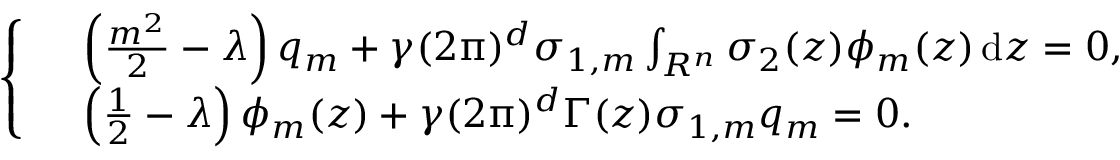
\left\{ \begin{array} { r l } & { \left( \frac { m ^ { 2 } } { 2 } - \lambda \right) q _ { m } + \gamma ( 2 \uppi ) ^ { d } \sigma _ { 1 , m } \int _ { R ^ { n } } \sigma _ { 2 } ( z ) \phi _ { m } ( z ) \, { \mathrm { d } } z = 0 , } \\ & { \left( \frac { 1 } { 2 } - \lambda \right) \phi _ { m } ( z ) + \gamma ( 2 \uppi ) ^ { d } \Gamma ( z ) \sigma _ { 1 , m } q _ { m } = 0 . } \end{array} \right.